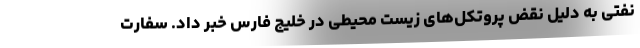
نفتی به دلیل نقض پروتکل‌های زیست‌ محیطی در خلیج فارس خبر داد. سفارت